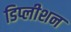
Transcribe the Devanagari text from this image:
डिप्लीशन